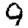
Digit: 9